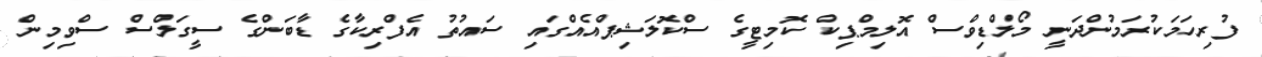
ފުރިހަމަކުރަމުންދަނީ މޯލްޑިވްސް އޮލިމްޕިކް ކޮމިޓީގެ ސްކޮލަޝިޕްއެއްގައި ސައުތު އެފްރިކާގެ ޑާބަންގެ ސީގަލްސް ސްވިމިން